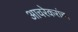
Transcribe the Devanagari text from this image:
आचरेकरांचा